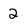
Character: 2